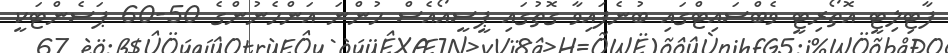
ފާޓިލިޓީ އޮތޯރިޓީ ވެބްސައިޓްގައި ބުނެފައިވާ ގޮތުގައި ޕީސީއޯއެސް ހުންނަ އަންހެނުންގެ 50-60 ޕަސެންޓަކީ